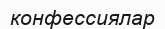
конфессиялар